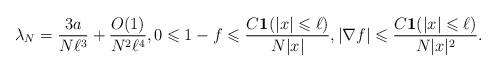
LaTeX: \begin{align*} \lambda_N = \frac{3a}{N\ell^3}+ \frac{O(1)}{ N^{2}\ell^4}, 0 \leqslant 1-f \leqslant \frac{C\mathbf{1}(|x|\leqslant \ell)}{N|x|}, |\nabla f| \leqslant \frac{C\mathbf{1}(|x|\leqslant \ell)}{N|x|^2}.\end{align*}